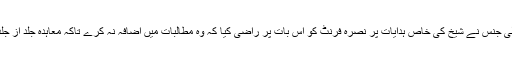
قطری انٹیلی جنس نے شیخ کی خاص ہدایات پر نصرہ فرنٹ کو اس بات پر راضی کیا کہ وہ مطالبات میں اضافہ نہ کرے تاکہ معاہدہ جلد از جلد ممکن ہو۔